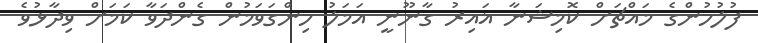
ފުލުހުންގެ މައްޗަށް ކޮމިޝަނާ ޣައިރު ގާނޫނީ އަމަލު ހިންގަވަމުން ގެންދަވާ ކަމަށް ވިދާޅުވެ